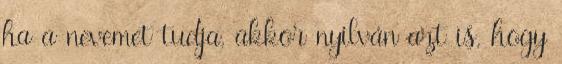
ha a nevemet tudja, akkor nyilván azt is, hogy